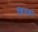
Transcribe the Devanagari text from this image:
शिवको